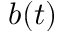
b ( t )